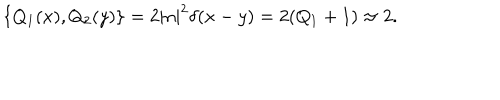
\hspace { 0 . 4 i n } \{ Q _ { 1 } ( x ) , Q _ { 2 } ( y ) \} = 2 | n | ^ { 2 } \delta ( x - y ) = 2 ( Q _ { 1 } + 1 ) \approx 2 .